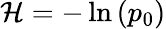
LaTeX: {\mathcal{H}}=-\ln\left(p_{0}\right)